Civil Veterinary Department Bengal reports 1923-33 - 1923-1933
Year: 1923
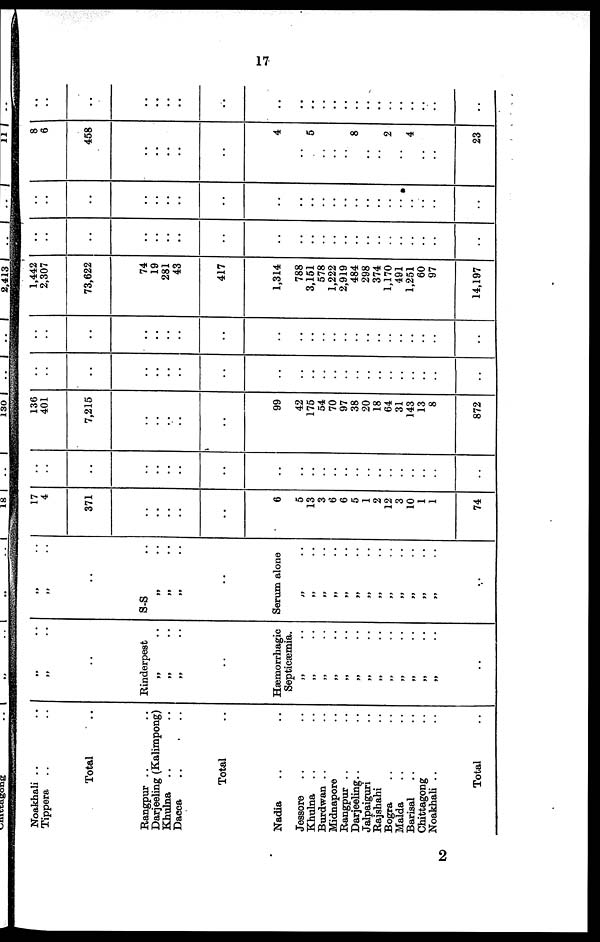
17
Noakhali .. ..
Tippera .. ..
Total ..
Rangpur .. ..
Darjeeling (Kalimpong)
Khulna .. ..
Dacca .. ..
Total
Nadia .. ..
Jessore .. ..
Khulna .. ..
Burdwan .. ..
Midnapore ..
Rangpur .. ..
Darjeeling .. ..
Jalpaiguri ..
Rajshahi ..
Bogra .. ..
Malda .. ..
Barisal .. ..
Chittagong ..
Noakhali .. ..
Total ..
„ ..
„ ..
..
Rinderpest
„ ..
„ ..
„ ..
Hæmorrhagic
Septicæmia.
„ ..
„ ..
„
..
„ ..
„ ..
„ ..
„ ..
„ ..
„ ..
„ ..
„ ..
„ ..
„ ..
..
„ ..
„ ..
..
S-S ..
„ ..
„ ..
„ ..
..
Serum alone
„ ..
„ ..
„ ..
„ ..
„ ..
„ ..
„ ..
„ ..
„ ..
„ .
„ ..
„ ..
„ ..
..
17
4
371
..
..
..
..
..
6
5
13
3
6
6
5
1
2
12
3
10
1
1
74
..
..
..
..
..
..
..
..
..
..
..
..
..
..
..
..
..
..
..
..
..
136
401
7,215
..
..
..
..
99
42
175
54
70
97
38
20
18
64
31
143
13
8
872
..
..
..
..
..
..
..
..
..
..
..
..
..
..
..
..
..
..
..
..
..
..
..
..
..
..
..
..
..
..
..
..
..
..
..
..
..
..
..
..
..
..
..
..
..
..
1,442
2,307
73,622
74
19
281
43
417
1,314
788
3,151
578
1,222
2,919
484
298
374
1,170
491
1,251
60
97
14,197
..
..
..
..
..
..
..
..
..
..
..
..
..
..
..
..
..
..
..
..
..
..
..
..
..
..
..
..
..
..
..
..
..
..
..
..
..
..
..
..
..
..
..
..
..
..
8
6
458
..
..
..
..
..
4
..
5
..
..
..
8
..
..
2
..
4
..
..
23
..
..
..
..
..
..
..
..
..
..
..
..
..
..
..
..
..
..
..
..
..
..
..
2